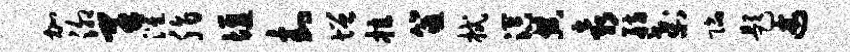
加泖里灌脂堰封增拉筮拭溟典袁舫刹陷题述